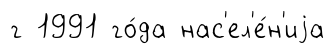
г 1991 го́да нас'ел'е́н'иjа